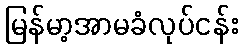
မြန်မာ့အာမခံလုပ်ငန်း